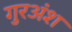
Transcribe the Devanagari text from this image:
गुरअंश